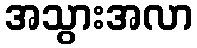
အသွားအလာ